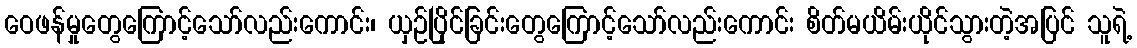
ဝေဖန်မှုတွေကြောင့်သော်လည်းကောင်း၊ ယှဉ်ပြိုင်ခြင်းတွေကြောင့်သော်လည်းကောင်း စိတ်မယိမ်းယိုင်သွားတဲ့အပြင် သူရဲ့